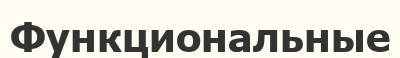
Функциональные